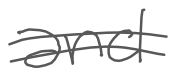
Text: and
Cross-out: double-line
Writing tool: digital_gray